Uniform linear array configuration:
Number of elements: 32
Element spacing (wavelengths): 1
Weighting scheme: binomial
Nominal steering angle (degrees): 30
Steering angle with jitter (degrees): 28.603
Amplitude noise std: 0.05
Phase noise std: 0.05

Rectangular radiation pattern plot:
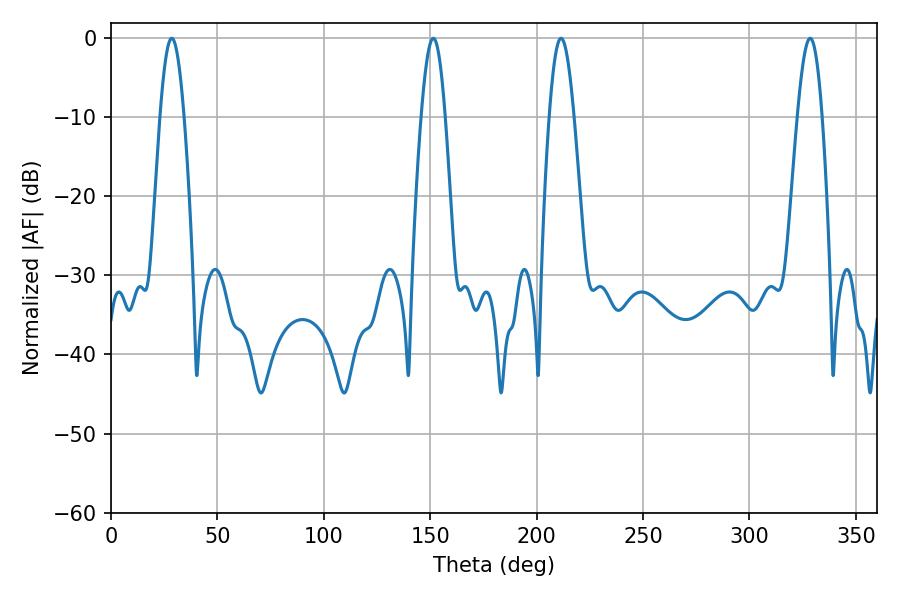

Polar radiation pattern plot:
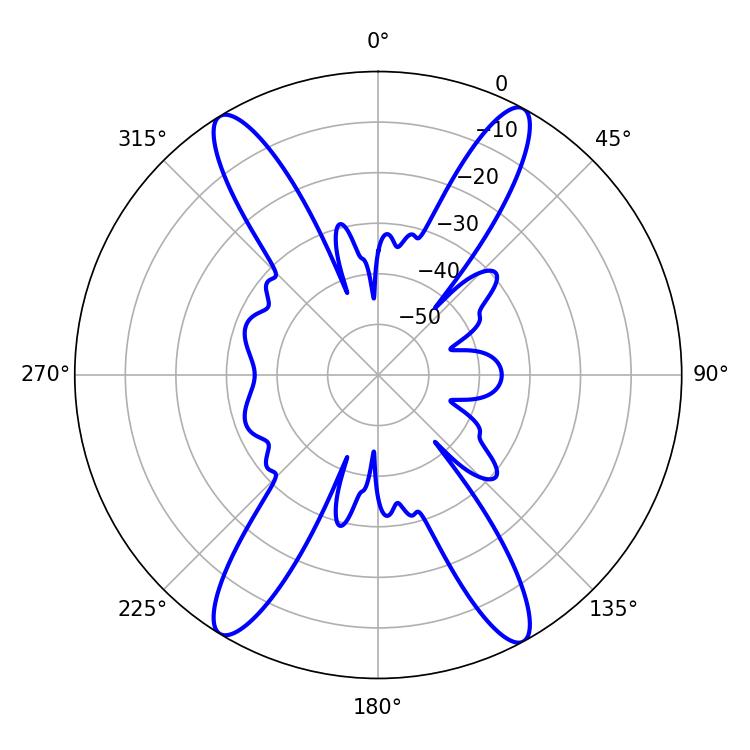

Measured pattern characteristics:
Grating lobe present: TRUE
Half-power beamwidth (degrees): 6.3
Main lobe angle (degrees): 328.5